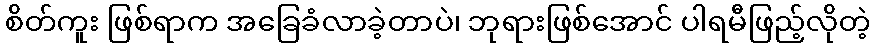
စိတ်ကူး ဖြစ်ရာက အခြေခံလာခဲ့တာပဲ၊ ဘုရားဖြစ်အောင် ပါရမီဖြည့်လိုတဲ့